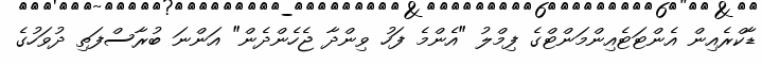
ޑާކްރެެއިން އެންޓަޓެއިންމަންޓްގެ ފިމްލު "އެންމެ ފަހު ވިންދާ ޖެހެންދެން" އަންނަ ބުރާސްފަތި ދުވަހުގެ